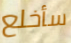
سأخلع